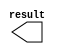
module lpm_constant_201 (
	result);

	output	[9:0]  result;

endmodule